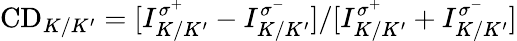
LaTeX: \mathrm{CD}_{K/K^{\prime}}=[I_{K/K^{\prime}}^{\sigma^{+}}-I_{K/K^{\prime}}^{\sigma^{-}}]/[I_{K/K^{\prime}}^{\sigma^{+}}+I_{K/K^{\prime}}^{\sigma^{-}}]